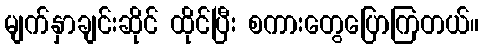
မျက်နှာချင်းဆိုင် ထိုင်ပြီး စကားတွေပြောကြတယ်။